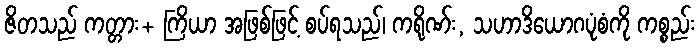
ဇိတသည် ကတ္တား+ ကြိယာ အဖြစ်ဖြင့် စပ်ရသည်၊ ကရိုဏ်း, သဟာဒိယောဂပုံစံကို ကစ္စည်း